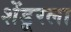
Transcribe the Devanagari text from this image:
शेंडूरला